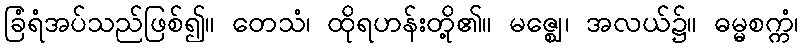
ခြံရံအပ်သည်ဖြစ်၍။ တေသံ၊ ထိုရဟန်းတို့၏။ မဇ္ဈေ၊ အလယ်၌။ ဓမ္မစက္ကံ၊